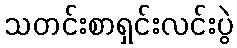
သတင်းစာရှင်းလင်းပွဲ